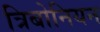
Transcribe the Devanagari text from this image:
त्रिबोनियन